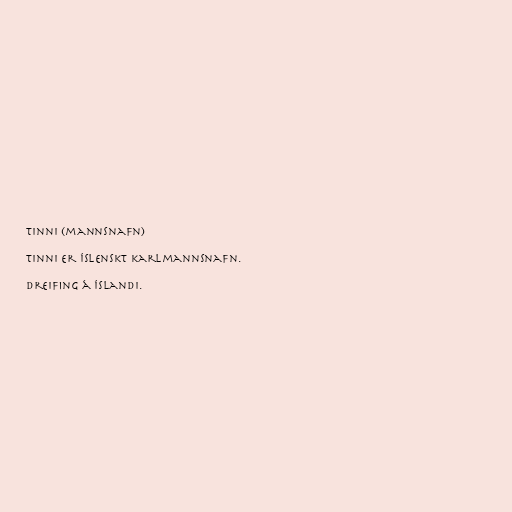
Tinni (mannsnafn)

Tinni er íslenskt karlmannsnafn.

Dreifing á Íslandi.